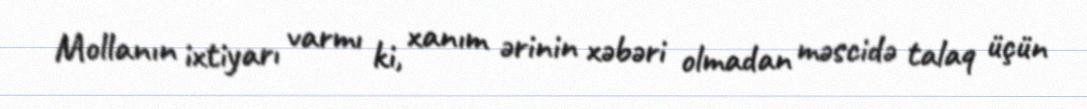
Mollanın ixtiyarı varmı ki, xanım ərinin xəbəri olmadan məscidə talaq üçün